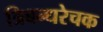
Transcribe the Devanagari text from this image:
त्रिबन्धरेचक